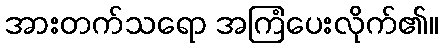
အားတက်သရော အကြံပေးလိုက်၏။